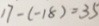
1 7 - ( - 1 8 ) = 3 5